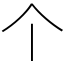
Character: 个